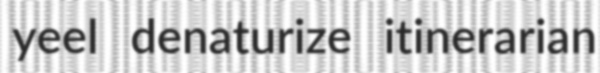
yeel denaturize itinerarian